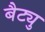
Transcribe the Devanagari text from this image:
बैट्यु